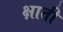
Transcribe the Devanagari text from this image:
क्षाती